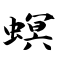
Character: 螟